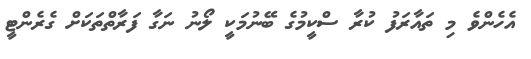
އެހެންވެ މި ތައާރަފު ކުރާ ސްކީމުގެ ބޭނުމަކީ ލޯނު ނަގާ ފަރާތްތަކަށް ގެރެންޓީ